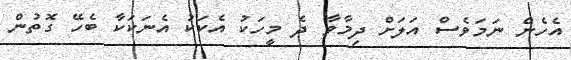
އެހެން ނަމަވެސް އަލަށް ދިމާވާ ދެ މީހަކު އެކަކު އެނަކަކާ ބެހޭ ގޮތުން